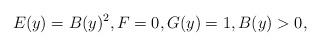
LaTeX: \begin{align*}E(y)=B(y)^2, F=0, G(y)=1, B(y)>0,\end{align*}